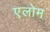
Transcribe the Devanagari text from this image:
एलोम